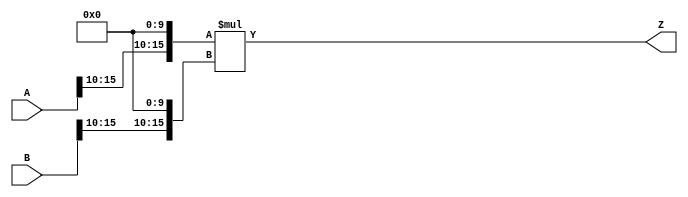
/***
* This code is a part of EvoApproxLib library (ehw.fit.vutbr.cz/approxlib) distributed under The MIT License.
* When used, please cite the following article(s): PRABAKARAN B. S., MRAZEK V., VASICEK Z., SEKANINA L., SHAFIQUE M. ApproxFPGAs: Embracing ASIC-based Approximate Arithmetic Components for FPGA-Based Systems. DAC 2020. 
***/
// MAE% = 0.77 %
// MAE = 33259520 
// WCE% = 3.10 %
// WCE = 133038081 
// WCRE% = 100.00 %
// EP% = 100.00 %
// MRE% = 9.15 %
// MSE = 15436.2e11 
// FPGA_POWER = 0.57
// FPGA_DELAY = 10
// FPGA_LUT = 34



module mul16u_HDR(
	A, 
	B,
	Z
);

input [16-1:0] A;
input [16-1:0] B;
output [2*16-1:0] Z;

wire [16-1:0] tmpA;
wire [16-1:0] tmpB;
assign tmpA = {A[16-1:10],{10{1'b0}}};
assign tmpB = {B[16-1:10],{10{1'b0}}};
assign Z = tmpA * tmpB;
endmodule